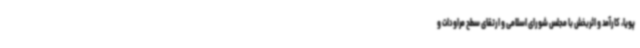
پویا، کارآمد و اثربخش با مجلس شورای اسلامی و ارتقای سطح مراودات و